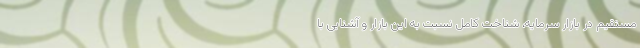
مستقیم در بازار سرمایه، شناخت کامل نسبت به این بازار و آشنایی با